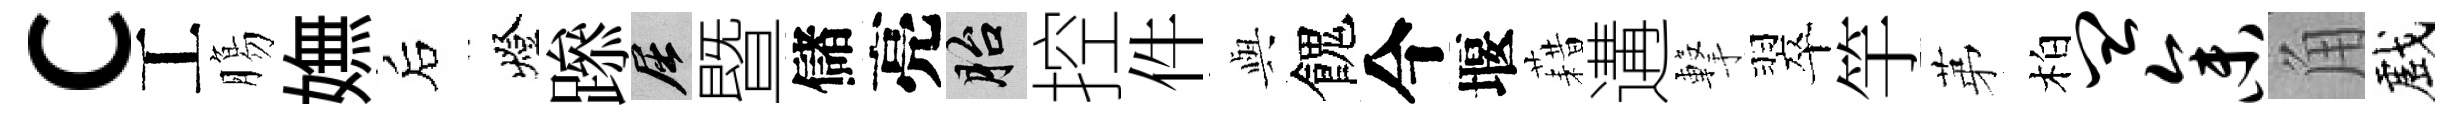
c工膓嫵后燈𨅶屈暨儲亮胎控件𫤰餽今堰藉遘撃翠竽苐柏皿参角戲